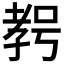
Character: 𱙾